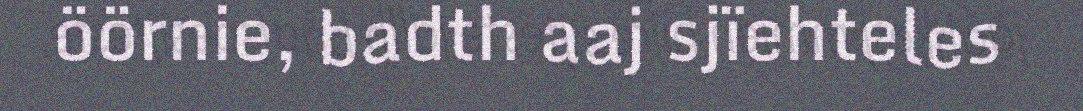
öörnie, badth aaj sjïehteles